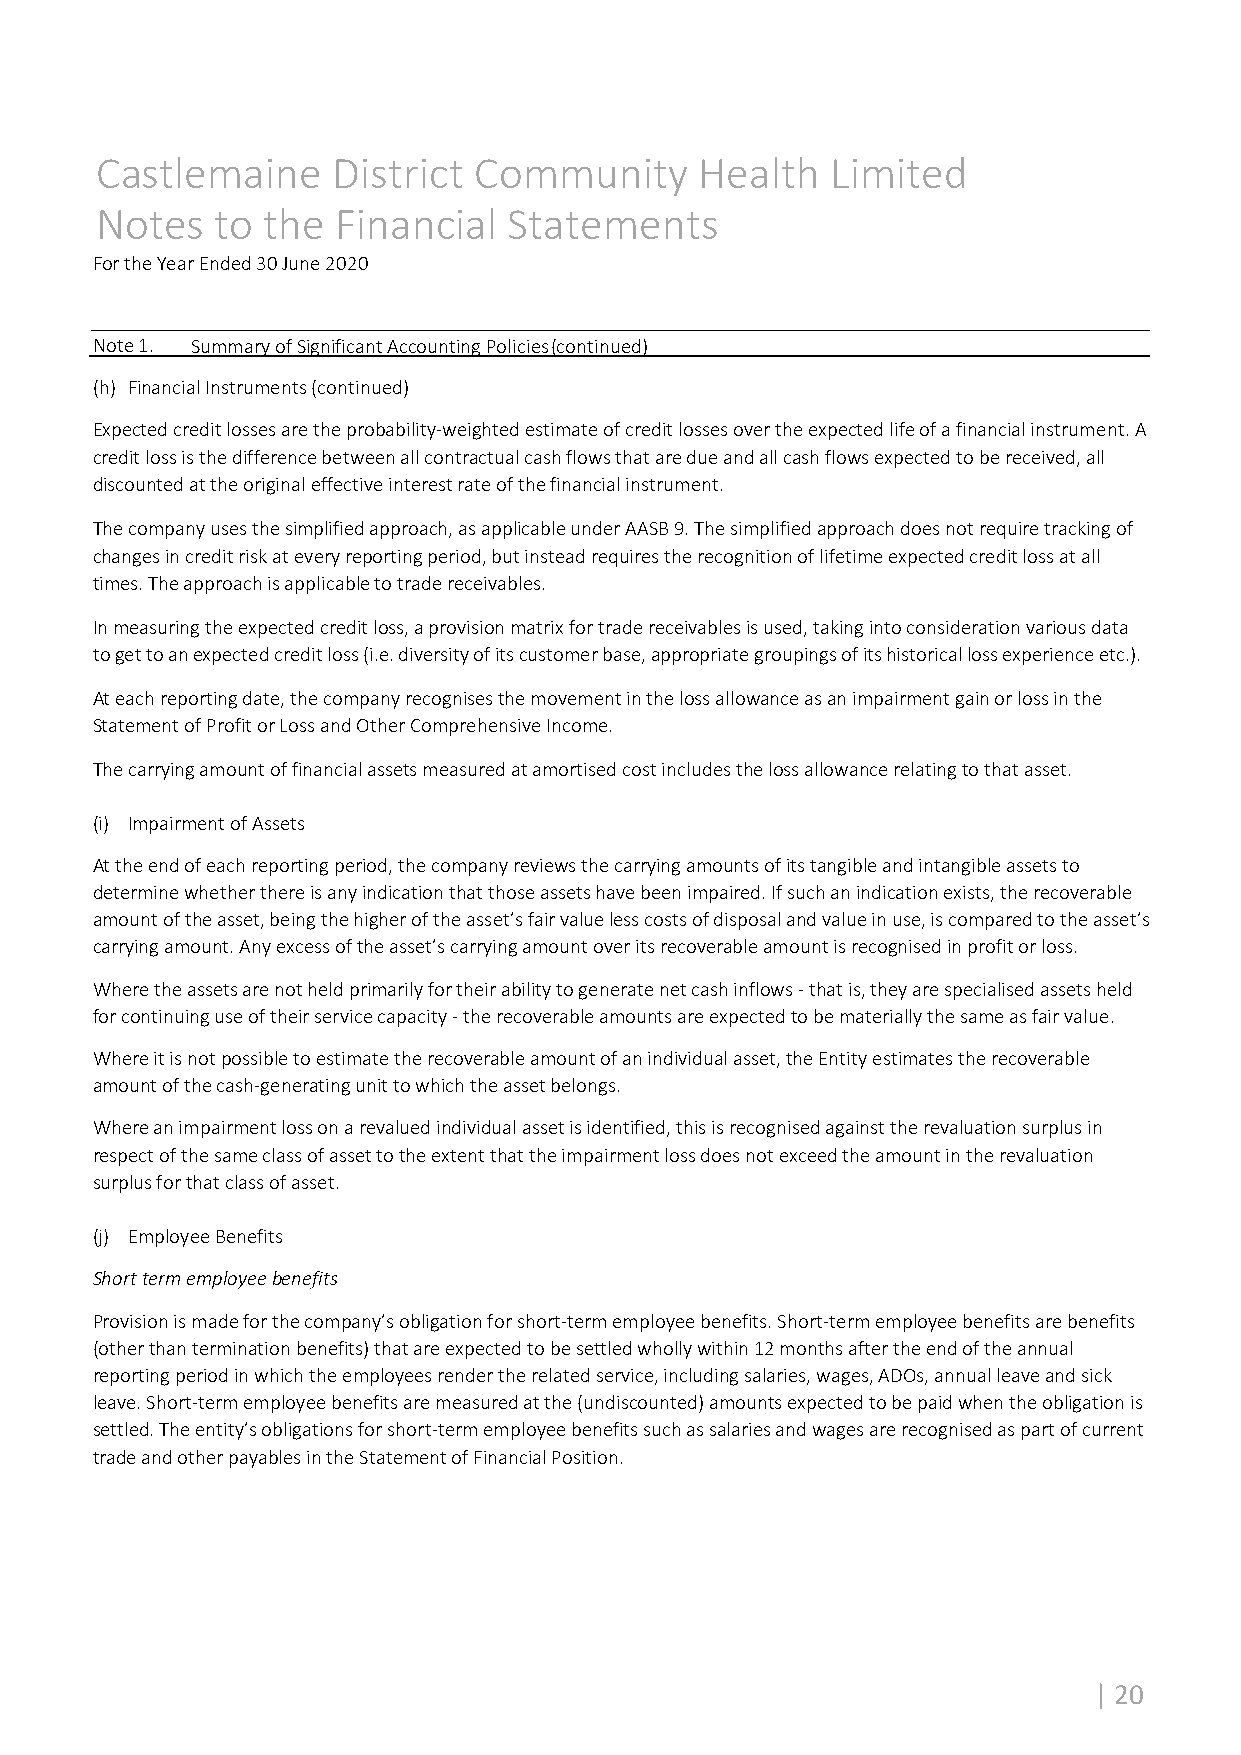
Castlemaine     District Community      Health   Limited
 Notes   to the  Financial   Statements
 For the Year Ended 30 June 2020
 Note 1. Summary of Significant Accounting Policies (continued)
 (h) Financial Instruments (continued)
 Expected credit losses are the probability‐weighted estimate of credit losses over the expected life of a financial instrument. A
 credit loss is the difference between all contractual cash flows that are due and all cash flows expected to be received, all
 discounted at the original effective interest rate of the financial instrument.
 The company uses the simplified approach, as applicable under AASB 9. The simplified approach does not require tracking of
 changes in credit risk at every reporting period, but instead requires the recognition of lifetime expected credit loss at all
 times. The approach is applicable to trade receivables.
 In measuring the expected credit loss, a provision matrix for trade receivables is used, taking into consideration various data
 to get to an expected credit loss (i.e. diversity of its customer base, appropriate groupings of its historical loss experience etc.).
 At each reporting date, the company recognises the movement in the loss allowance as an impairment gain or loss in the
 Statement of Profit or Loss and Other Comprehensive Income.
 The carrying amount of financial assets measured at amortised cost includes the loss allowance relating to that asset.
 (i) Impairment of Assets
 At the end of each reporting period, the company reviews the carrying amounts of its tangible and intangible assets to
 determine whether there is any indication that those assets have been impaired. If such an indication exists, the recoverable
 amount of the asset, being the higher of the asset’s fair value less costs of disposal and value in use, is compared to the asset’s
 carrying amount. Any excess of the asset’s carrying amount over its recoverable amount is recognised in profit or loss.
 Where the assets are not held primarily for their ability to generate net cash inflows ‐ that is, they are specialised assets held
 for continuing use of their service capacity ‐ the recoverable amounts are expected to be materially the same as fair value.
 Where it is not possible to estimate the recoverable amount of an individual asset, the Entity estimates the recoverable
 amount of the cash‐generating unit to which the asset belongs.
 Where an impairment loss on a revalued individual asset is identified, this is recognised against the revaluation surplus in
 respect of the same class of asset to the extent that the impairment loss does not exceed the amount in the revaluation
 surplus for that class of asset.
 (j) Employee Benefits
 Short term employee benefits
 Provision is made for the company’s obligation for short‐term employee benefits. Short‐term employee benefits are benefits
 (other than termination benefits) that are expected to be settled wholly within 12 months after the end of the annual
 reporting period in which the employees render the related service, including salaries, wages, ADOs, annual leave and sick
 leave. Short‐term employee benefits are measured at the (undiscounted) amounts expected to be paid when the obligation is
 settled. The entity’s obligations for short‐term employee benefits such as salaries and wages are recognised as part of current
 trade and other payables in the Statement of Financial Position.
 | 20